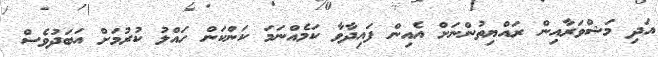
އަދި މަޝްވަރާއިން ރައްޔިތުންނަށް އެއިން ފައިދާވާ ކަމެއްނަމަ ކަންކަން ހައްލު ކުރުމަށް އަބަދުވެސް